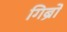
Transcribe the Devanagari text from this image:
गिब्रों